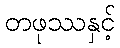
တဖုဿနှင့်